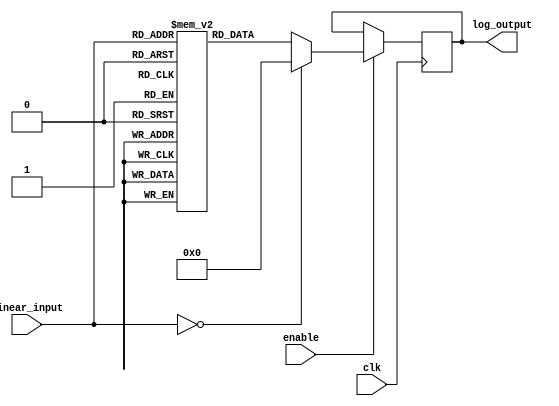
module LogarithmicScalingCircuit (
    input wire [7:0] linear_input, // 8-bit linear input
    output reg [7:0] log_output,   // 8-bit logarithmic output
    input wire clk,                 // Clock signal
    input wire enable               // Enable signal
);

    // Precomputed logarithmic values (base 2) for inputs 1 to 255
    reg [7:0] log_lut [0:255];

    initial begin
        // Populate the LUT with logarithmic values (base 2)
        // Logarithm values scaled to fit in 8 bits (0-255)
        // Example values, should be computed for real application
        log_lut[0] = 8'd0;  // log(0) = 0
        log_lut[1] = 8'd0;  // log(1) = 0
        log_lut[2] = 8'd1;  // log(2) = 1
        log_lut[3] = 8'd2;  // log(3)  1.585
        log_lut[4] = 8'd3;  // log(4) = 2
        // ... Fill in the rest of the LUT values
        log_lut[255] = 8'd7; // log(255)  7.997 (needs scaling to fit 8 bits)
    end

    always @(posedge clk) begin
        if (enable) begin
            if (linear_input == 8'd0) begin
                log_output <= 8'd0; // Handle zero input case
            end else begin
                log_output <= log_lut[linear_input]; // Lookup and output logarithmic value
            end
        end
    end

endmodule